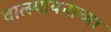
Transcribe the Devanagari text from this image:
वात्स्यायनाच्या